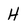
Character: H